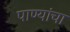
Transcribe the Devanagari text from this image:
पाण्यांचा